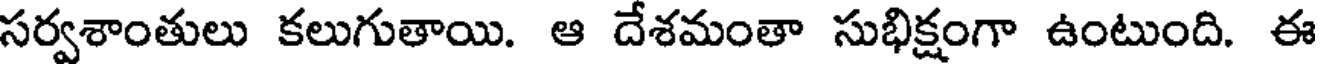
సర్వశాంతులు కలుగుతాయి. ఆ దేశమంతా సుభిక్షంగా ఉంటుంది. ఈ